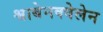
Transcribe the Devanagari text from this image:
श्वाबेनक्वेलेन